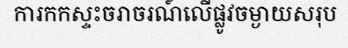
ការកកស្ទះចរាចរណ៍លើផ្លូវចម្ងាយសរុប